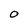
Character: O